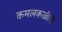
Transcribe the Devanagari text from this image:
कमलकळीची